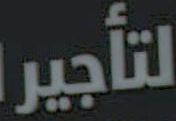
لتأجير